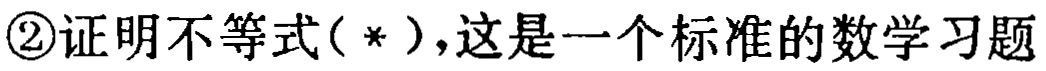
\textcircled{2}证明不等式(\*)，这是一个标准的数学习题